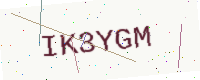
Text: IK3YGM